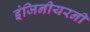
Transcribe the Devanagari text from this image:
इंजिनीयरनी